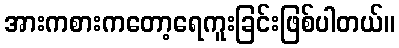
အားကစားကတော့ရေကူးခြင်းဖြစ်ပါတယ်။